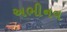
અભીનવ